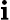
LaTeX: \mathbf{i}